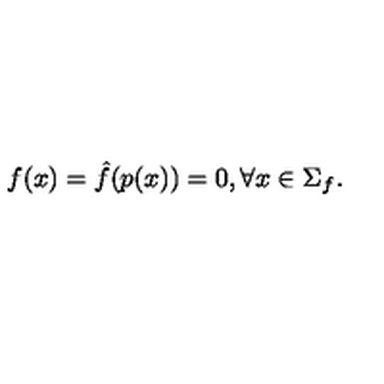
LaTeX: f ( x ) = \hat { f } ( p ( x ) ) = 0 , \forall x \in \Sigma _ { f } .